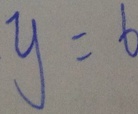
y = 6